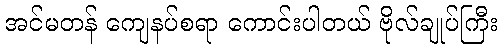
အင်မတန် ကျေနပ်စရာ ကောင်းပါတယ် ဗိုလ်ချုပ်ကြီး